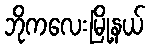
ဘိုကလေးမြို့နယ်